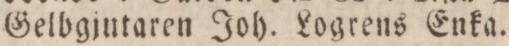
Gelbgjntaren Joh. Logrens Enka.